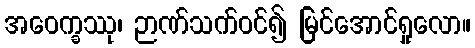
အဝေက္ခဿု၊ ဉာဏ်သက်ဝင်၍ မြင်အောင်ရှုလော။